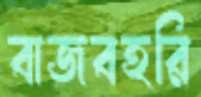
বাজবহরি